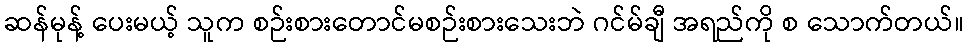
ဆန်မုန့် ပေးမယ့် သူက စဉ်းစားတောင်မစဉ်းစားသေးဘဲ ဂင်မ်ချီ အရည်ကို စ သောက်တယ်။